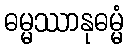
ဓမ္မဿာနုဓမ္မံ